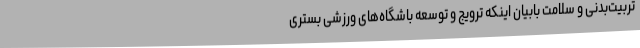
تربیت‌بدنی و سلامت بابیان اینکه ترویج و توسعه باشگاه‌های ورزشی بستری